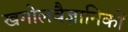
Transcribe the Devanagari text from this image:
खगोलवैज्ञानिकों